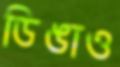
ডিঙাও